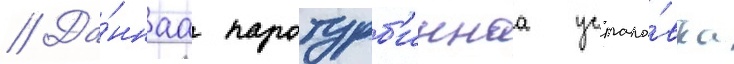
// Да́ннаа паротурб'иннаа устано́вка